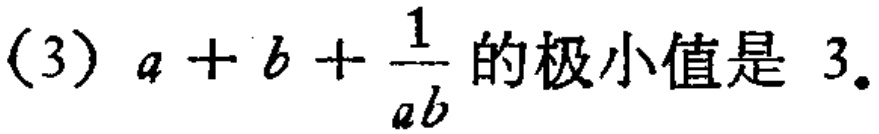
(3) \(a + b+\frac{1}{ab}\) 的极小值是 \(3\)。